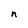
Character: n